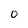
Character: O